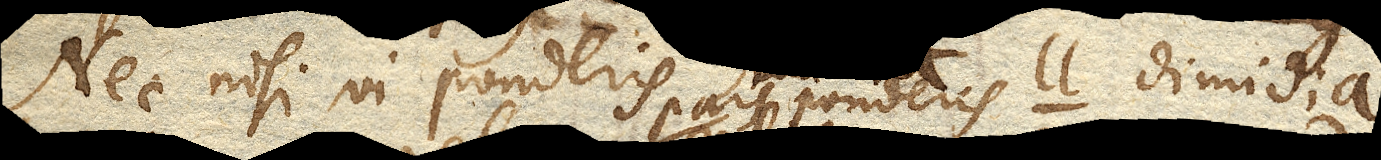
Nec nisi vi ponderis pars ponderis ll. dimidia